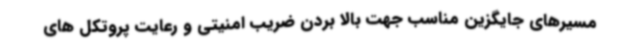
مسیرهای جایگزین مناسب جهت بالا بردن ضریب امنیتی و رعایت پروتکل های